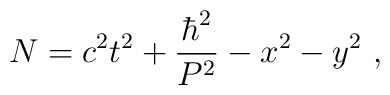
N = c^2t^2 + \frac{\hbar^2}{P^2} - x^2 - y^2 ~,